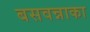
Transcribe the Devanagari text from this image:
बसवन्नाका